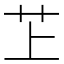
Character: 䒙